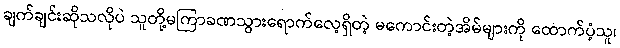
ချက်ချင်းဆိုသလိုပဲ သူတို့မကြာခဏသွားရောက်လေ့ရှိတဲ့ မကောင်းတဲ့အိမ်များကို ထောက်ပံ့သူ၊